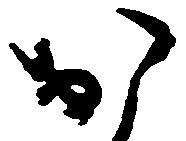
お